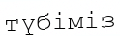
түбіміз